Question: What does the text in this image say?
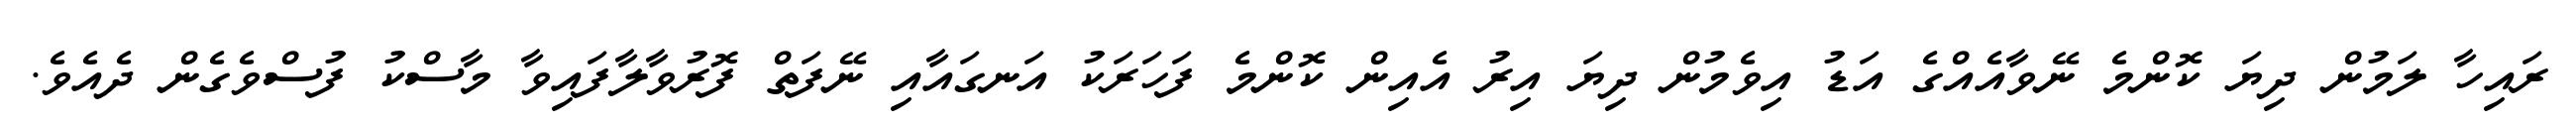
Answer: ރައިހާ ލަމުން ދިޔަ ކޮންމެ ނޭވާއެއްގެ އަޑު އިވެމުން ދިޔަ އިރު އެއިން ކޮންމެ ފަހަރަކު އަނގައާއި ނޭފަތް ފޮރުވާލާފައިވާ މާސްކު ފުސްވެގެން ދެއެވެ.